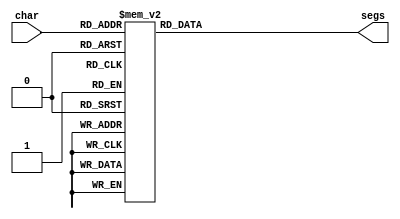
/*
   This file was generated automatically by the Mojo IDE version B1.3.6.
   Do not edit this file directly. Instead edit the original Lucid source.
   This is a temporary file and any changes made to it will be destroyed.
*/

module seven_seg_11 (
    input [4:0] char,
    output reg [6:0] segs
  );
  
  
  
  always @* begin
    
    case (char)
      1'h0: begin
        segs = 7'h3f;
      end
      1'h1: begin
        segs = 7'h06;
      end
      2'h2: begin
        segs = 7'h5b;
      end
      2'h3: begin
        segs = 7'h4f;
      end
      3'h4: begin
        segs = 7'h66;
      end
      3'h5: begin
        segs = 7'h6d;
      end
      3'h6: begin
        segs = 7'h7d;
      end
      3'h7: begin
        segs = 7'h07;
      end
      4'h8: begin
        segs = 7'h7f;
      end
      4'h9: begin
        segs = 7'h67;
      end
      4'ha: begin
        segs = 7'h77;
      end
      4'hb: begin
        segs = 7'h7c;
      end
      4'hc: begin
        segs = 7'h39;
      end
      4'hd: begin
        segs = 7'h5e;
      end
      4'he: begin
        segs = 7'h79;
      end
      4'hf: begin
        segs = 7'h00;
      end
      5'h10: begin
        segs = 7'h38;
      end
      5'h11: begin
        segs = 7'h5c;
      end
      5'h12: begin
        segs = 7'h54;
      end
      5'h13: begin
        segs = 7'h50;
      end
      5'h14: begin
        segs = 7'h76;
      end
      5'h15: begin
        segs = 7'h01;
      end
      5'h16: begin
        segs = 7'h73;
      end
      default: begin
        segs = 7'h00;
      end
    endcase
  end
endmodule